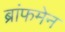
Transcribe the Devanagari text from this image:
ब्रांफमेन